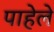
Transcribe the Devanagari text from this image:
पाहेले